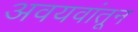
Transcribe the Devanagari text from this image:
अवयवांतून